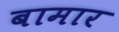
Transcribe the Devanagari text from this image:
बामार